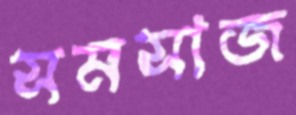
সমসাজ